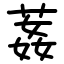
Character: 葌